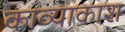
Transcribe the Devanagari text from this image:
काव्याकाश